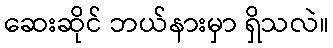
ဆေးဆိုင် ဘယ်နားမှာ ရှိသလဲ။